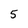
Character: 5